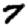
Digit: 7